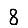
Digit: 8